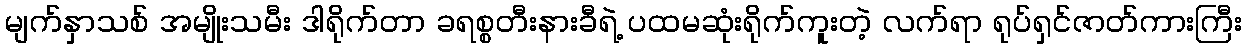
မျက်နှာသစ် အမျိုးသမီး ဒါရိုက်တာ ခရစ္စတီးနားခီရဲ့ ပထမဆုံးရိုက်ကူးတဲ့ လက်ရာ ရုပ်ရှင်ဇာတ်ကားကြီး